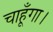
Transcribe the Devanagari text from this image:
चाहूँगा।